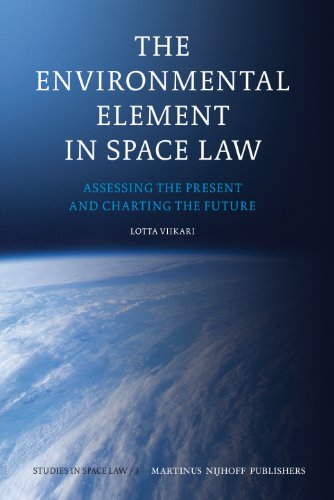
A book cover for The Environmental Element in Space Law: Assessing the Present and Charting the Future (Studies in Space Law); Lotta Viikari; Law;